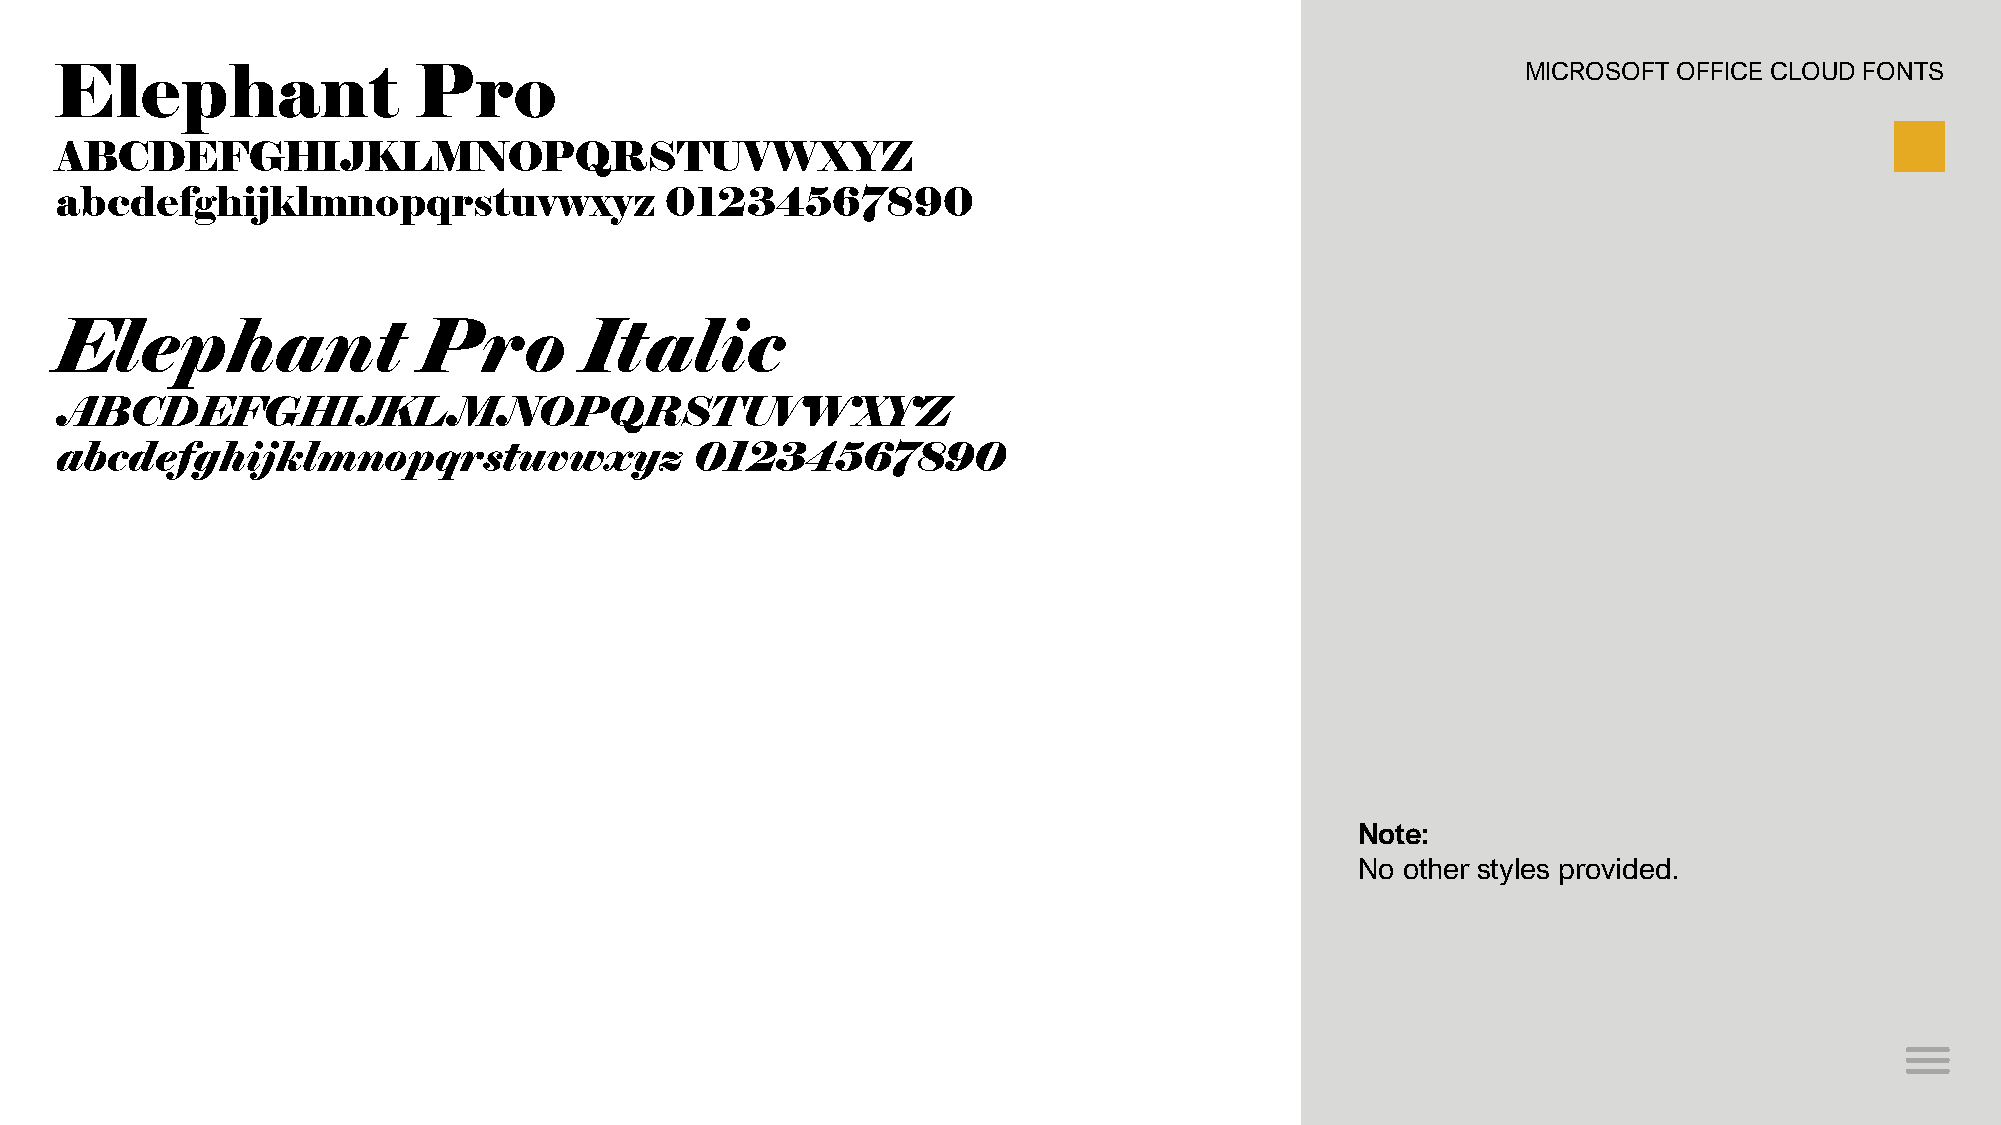
Elephant                Pro                                                                      MICROSOFT OFFICE CLOUD FONTS
 ABCDEFGHIJKLMNOPQRSTUVWXYZ
 abcdefghijklmnopqrstuvwxyz              01234567890
 Elephant                Pro        Italic
 ABCDEFGHIJKLMNOPQRSTUVWXYZ
 abcdefghijklmnopqrstuvwxyz                01234567890
 Note:
 No other styles provided.